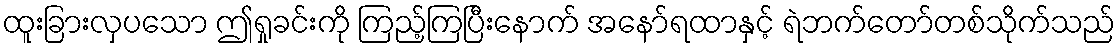
ထူးခြားလှပသော ဤရှုခင်းကို ကြည့်ကြပြီးနောက် အနော်ရထာနှင့် ရဲဘက်တော်တစ်သိုက်သည်